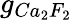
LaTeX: g_{Ca_{2}F_{2}}